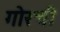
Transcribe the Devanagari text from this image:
गोरची